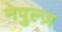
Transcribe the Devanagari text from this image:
नेपुल्ज़